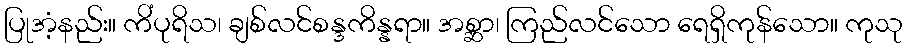
ပြုအံ့နည်း။ ကိံပုရိသ၊ ချစ်လင်စန္ဒကိန္နရာ။ အစ္ဆာ၊ ကြည်လင်သော ရေရှိကုန်သော။ ကုသု